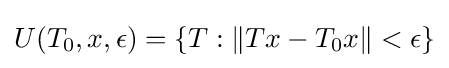
U(T_{0},x,\epsilon )=\{T:\|Tx-T_{0}x\|<\epsilon \}